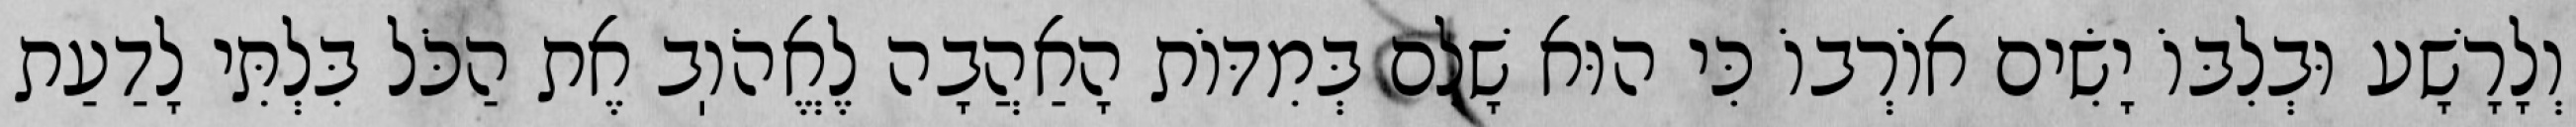
וְלָרָשָׁע וּבְלִבּוֹ יָשִׂים אוֹרְבוֹ כִּי הוּא שָׁלֵם בְּמִדּוֹת הָאַהֲבָה לֶאֱהֹוֽב אֶת הַכֹּל בִּלְתִּי לָדַעַת